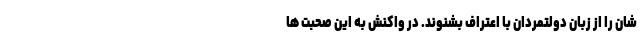
شان را از زبان دولتمردان با اعتراف بشنوند. در واکنش به این صحبت ها